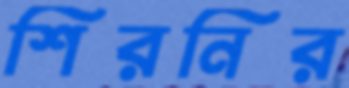
শিরনির